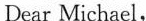
Dear Michael.